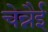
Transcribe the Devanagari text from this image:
चेन्नैई